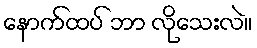
နောက်ထပ် ဘာ လိုသေးလဲ။